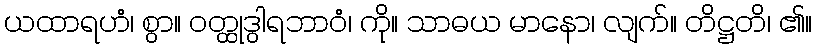
ယထာရဟံ၊ စွာ။ ဝတ္ထုဒွါရဘာဝံ၊ ကို။ သာဓယ မာနော၊ လျက်။ တိဋ္ဌတိ၊ ၏။